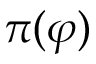
\pi ( \varphi )